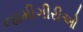
જામીગીરીઓ